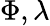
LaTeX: \Phi,\lambda